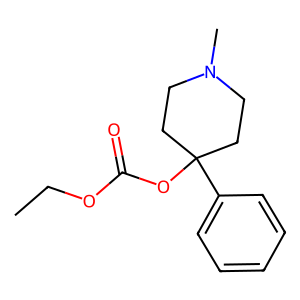
SMILES: CCOC(=O)OC1(c2ccccc2)CCN(C)CC1
Inhibits HIV replication: No